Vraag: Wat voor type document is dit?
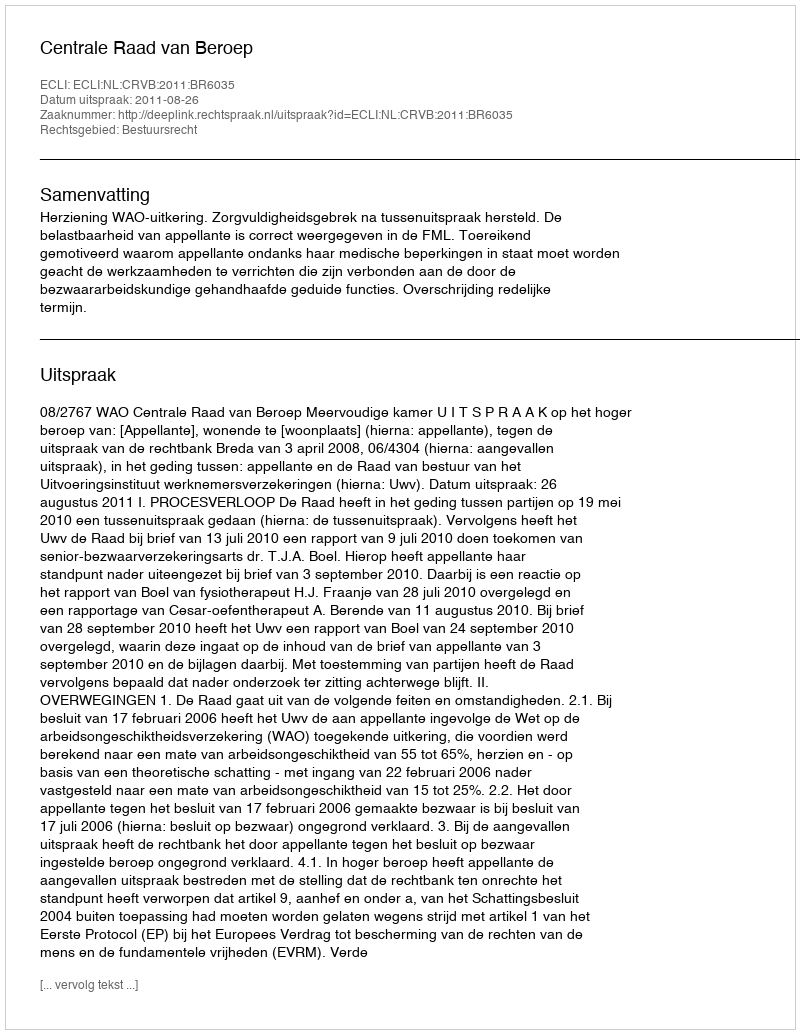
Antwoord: Uitspraak